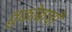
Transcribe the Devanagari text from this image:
तुकोबाची